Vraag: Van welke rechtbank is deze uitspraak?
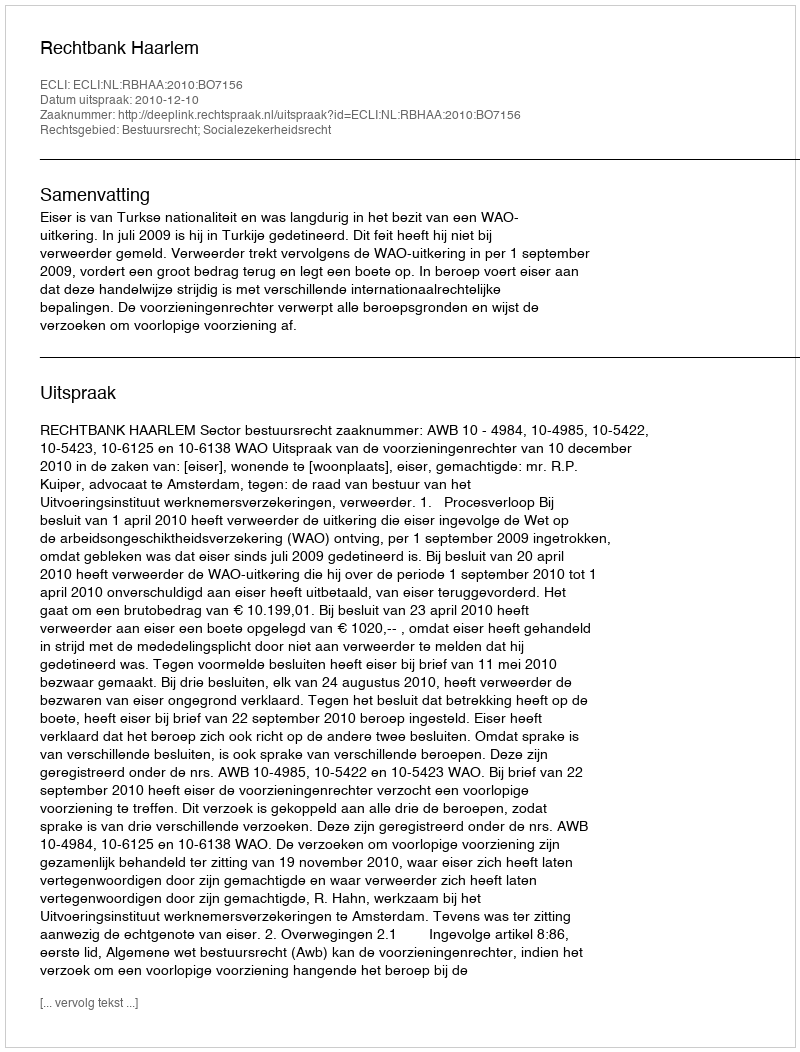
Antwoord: Rechtbank Haarlem